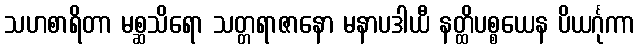
သဟစာရိတာ မစ္ဆသိရော သတ္တရာဇာနော မနာပဒါယီ နတ္ထိပစ္စယေန ပိယင်္ဂုကာ